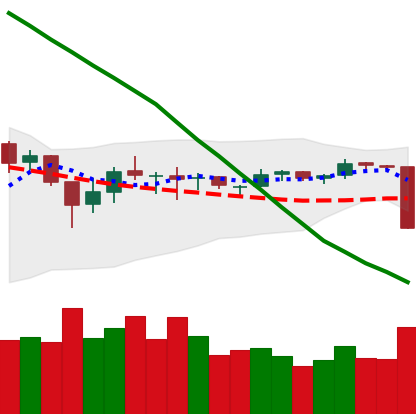
Ticker: EOS-USD
Chart end date: 2018-10-11
Forward return: 7.085%
Label: up_7plus